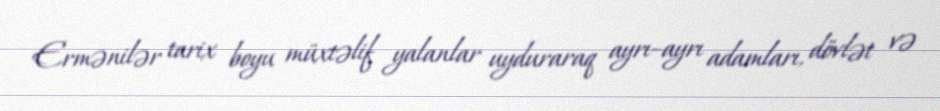
Ermənilər tarix boyu müxtəlif yalanlar uyduraraq ayrı–ayrı adamları, dövlət və